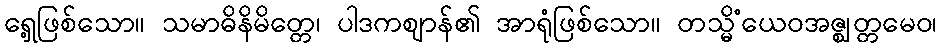
ရှေ့ဖြစ်သော။ သမာဓိနိမိတ္တေ၊ ပါဒကဈာန်၏ အာရုံဖြစ်သော။ တသ္မိံယေဝအဇ္ဈတ္တမေဝ၊